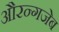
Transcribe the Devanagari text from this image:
औरन्गजेब